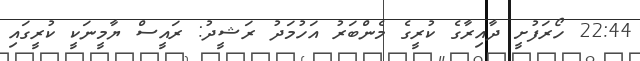
22:44 ހޯރަފުށީ ދާއިރާގެ ކުރީގެ މެންބަރު އަހުމަދު ރަޝީދު: ރައީސް ޔާމީނަކީ ކުރީގައި